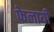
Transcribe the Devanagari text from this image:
फेलायी